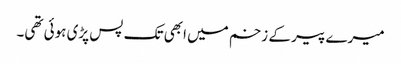
میرے پیر کے زخم میں ابھی تک پس پڑی ہوئی تھی۔